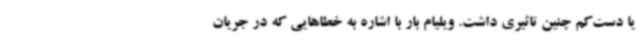
یا دست‌کم چنین تاثیری داشت. ویلیام بار با اشاره به خطاهایی که در جریان